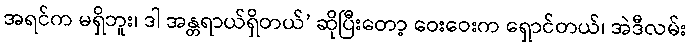
အရင်က မရှိဘူး၊ ဒါ အန္တရာယ်ရှိတယ်’ ဆိုပြီးတော့ ဝေးဝေးက ရှောင်တယ်၊ အဲဒီလမ်း